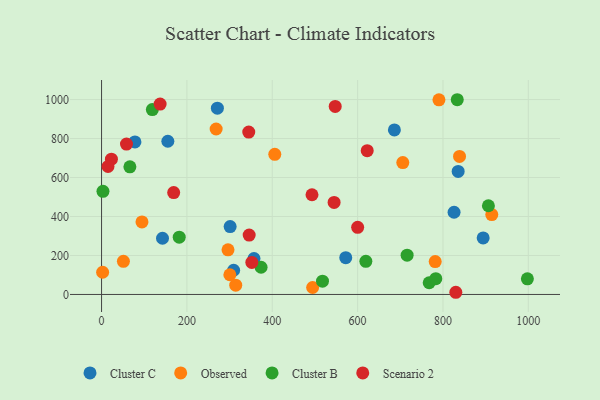
{"axis": {"x": "Price", "y": "Exam Score"}, "legend": ["Cluster B", "Cluster C", "Observed", "Scenario 2"], "data": [{"x": "78.2", "y": 782.6, "type": "Cluster C"}, {"x": "309.5", "y": 124.3, "type": "Cluster C"}, {"x": "142.8", "y": 288.3, "type": "Cluster C"}, {"x": "894.2", "y": 290.1, "type": "Cluster C"}, {"x": "155.3", "y": 786.1, "type": "Cluster C"}, {"x": "686.2", "y": 844.2, "type": "Cluster C"}, {"x": "572.2", "y": 188.9, "type": "Cluster C"}, {"x": "835.6", "y": 631.4, "type": "Cluster C"}, {"x": "826.0", "y": 421.7, "type": "Cluster C"}, {"x": "271.4", "y": 955.5, "type": "Cluster C"}, {"x": "357.2", "y": 184.4, "type": "Cluster C"}, {"x": "301.3", "y": 348.4, "type": "Cluster C"}, {"x": "838.8", "y": 708.3, "type": "Observed"}, {"x": "494.6", "y": 35.6, "type": "Observed"}, {"x": "914.4", "y": 409.6, "type": "Observed"}, {"x": "300.6", "y": 101.1, "type": "Observed"}, {"x": "2.5", "y": 113.9, "type": "Observed"}, {"x": "268.5", "y": 848.9, "type": "Observed"}, {"x": "296.3", "y": 229.0, "type": "Observed"}, {"x": "94.7", "y": 372.1, "type": "Observed"}, {"x": "705.9", "y": 676.4, "type": "Observed"}, {"x": "790.6", "y": 998.4, "type": "Observed"}, {"x": "51.2", "y": 170.0, "type": "Observed"}, {"x": "781.8", "y": 168.7, "type": "Observed"}, {"x": "405.9", "y": 719.1, "type": "Observed"}, {"x": "314.4", "y": 47.4, "type": "Observed"}, {"x": "833.5", "y": 999.1, "type": "Cluster B"}, {"x": "182.0", "y": 294.0, "type": "Cluster B"}, {"x": "3.3", "y": 529.0, "type": "Cluster B"}, {"x": "716.0", "y": 201.8, "type": "Cluster B"}, {"x": "373.8", "y": 139.5, "type": "Cluster B"}, {"x": "906.5", "y": 455.1, "type": "Cluster B"}, {"x": "517.7", "y": 68.2, "type": "Cluster B"}, {"x": "767.7", "y": 60.1, "type": "Cluster B"}, {"x": "783.2", "y": 80.8, "type": "Cluster B"}, {"x": "66.4", "y": 654.9, "type": "Cluster B"}, {"x": "119.0", "y": 948.8, "type": "Cluster B"}, {"x": "619.3", "y": 169.8, "type": "Cluster B"}, {"x": "997.8", "y": 80.4, "type": "Cluster B"}, {"x": "600.1", "y": 344.2, "type": "Scenario 2"}, {"x": "547.5", "y": 964.6, "type": "Scenario 2"}, {"x": "352.1", "y": 164.3, "type": "Scenario 2"}, {"x": "544.9", "y": 472.4, "type": "Scenario 2"}, {"x": "23.1", "y": 694.2, "type": "Scenario 2"}, {"x": "622.5", "y": 737.7, "type": "Scenario 2"}, {"x": "15.1", "y": 656.5, "type": "Scenario 2"}, {"x": "137.2", "y": 977.0, "type": "Scenario 2"}, {"x": "830.1", "y": 11.2, "type": "Scenario 2"}, {"x": "344.9", "y": 833.1, "type": "Scenario 2"}, {"x": "493.1", "y": 511.5, "type": "Scenario 2"}, {"x": "58.4", "y": 771.8, "type": "Scenario 2"}, {"x": "169.0", "y": 522.7, "type": "Scenario 2"}, {"x": "345.9", "y": 304.8, "type": "Scenario 2"}]}